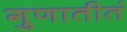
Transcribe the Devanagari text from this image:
गुणातीतं